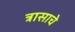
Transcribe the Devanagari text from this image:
त्रासाचे